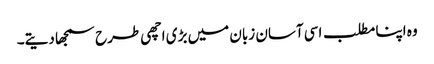
وہ اپنا مطلب اسی آسان زبان میں بڑی اچھی طرح سمجھا دیتے۔